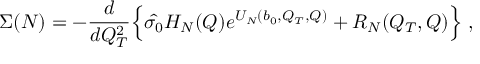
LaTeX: \Sigma ( N ) = - { \frac { d } { d Q _ { T } ^ { 2 } } } \Bigl \{ \hat { \sigma _ { 0 } } H _ { N } ( Q ) e ^ { { \cal U } _ { N } ( b _ { 0 } , Q _ { T } , Q ) } + { \cal R } _ { N } ( Q _ { T } , Q ) \Bigr \} \; ,